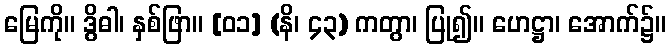
မြေကို။ ဒွိဓါ၊ နှစ်ဖြာ။ [၀၁] (နိ၊ ၄၃) ကတွာ၊ ပြု၍။ ဟေဋ္ဌာ၊ အောက်၌။